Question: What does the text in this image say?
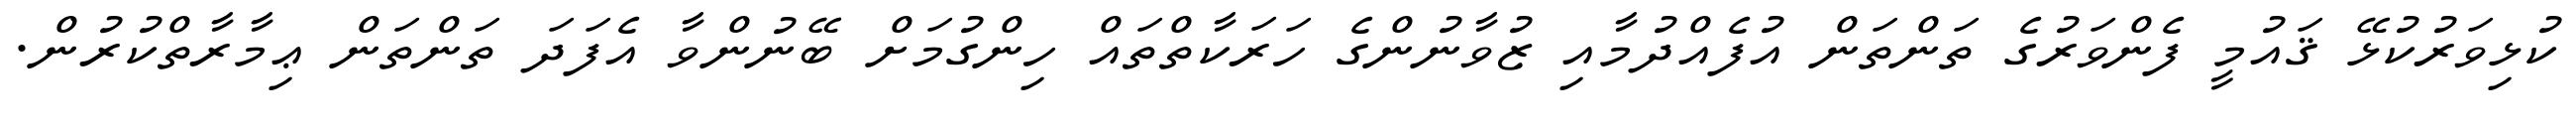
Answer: ކުޅިވަރުކުޅޭ ޤައުމީ ފެންވަރުގެ ތަންތަން އުފެއްދުމާއި ޒުވާނުންގެ ހަރަކާތްތައް ހިންގުމަށް ބޭނުންވާ އެފަދަ ތަންތަން ޢިމާރާތްކުރުން.